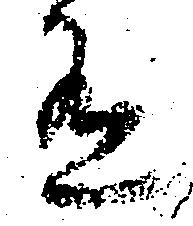
有